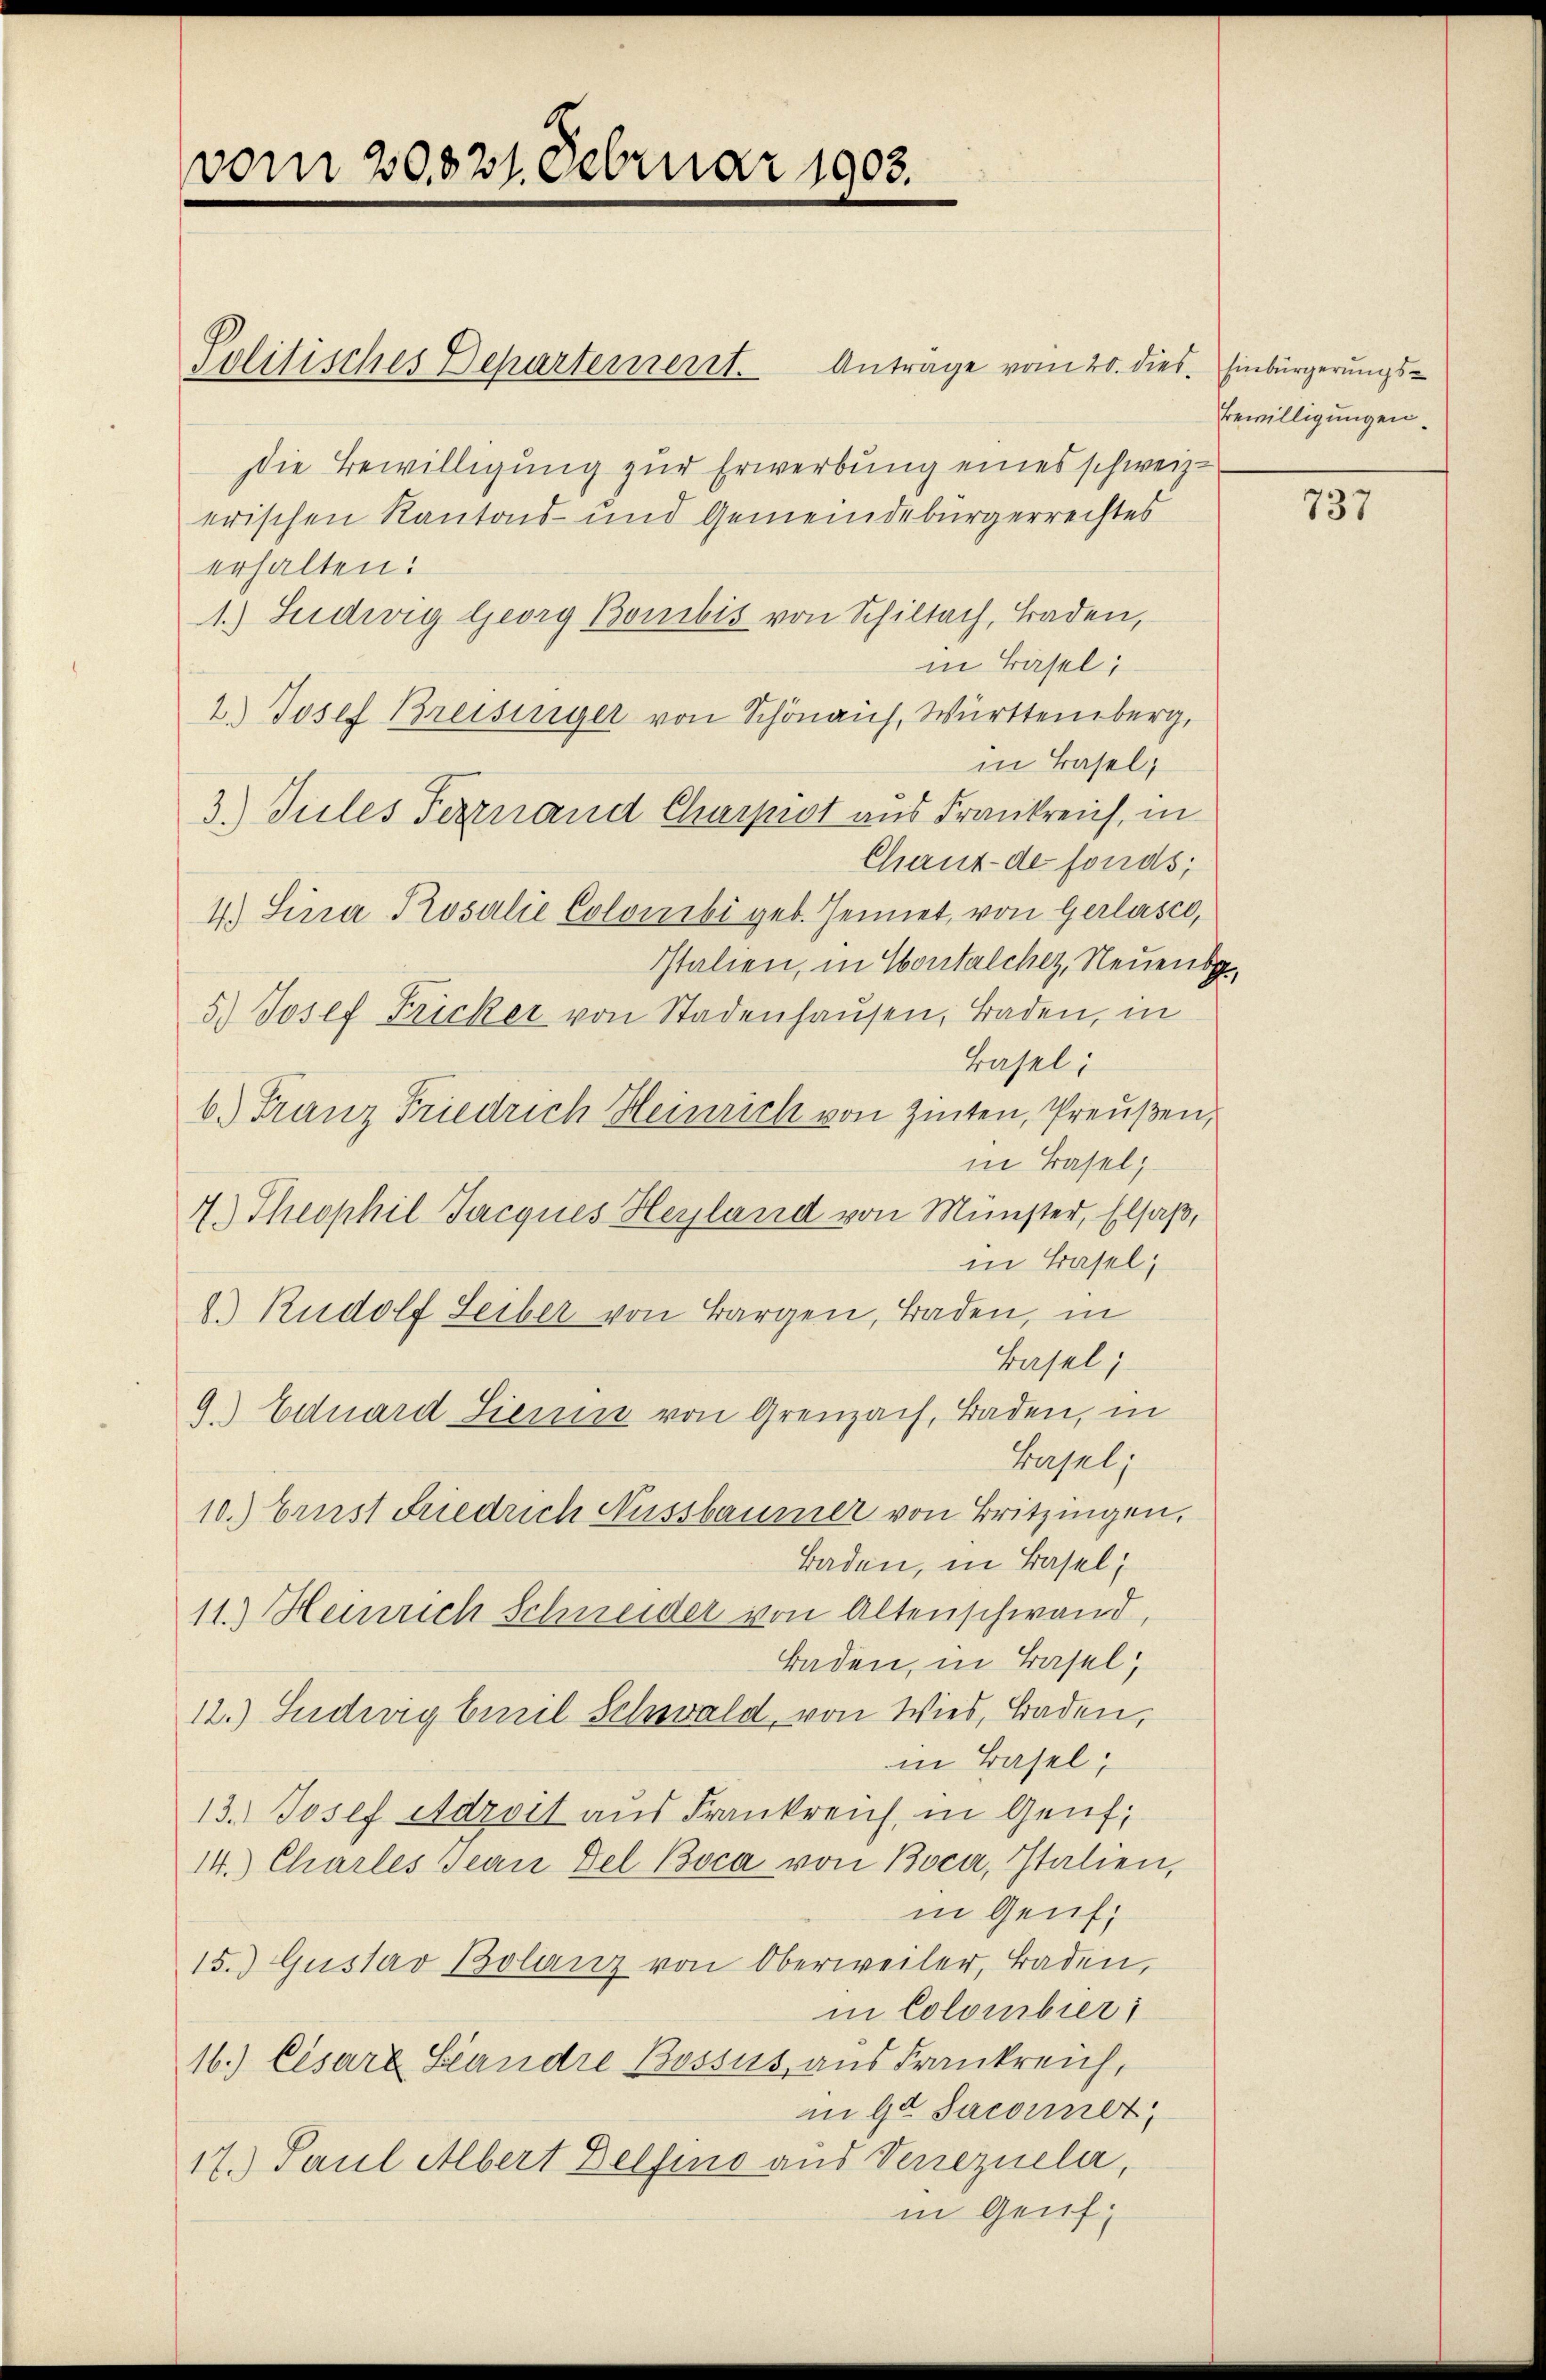
vom 20821. Februar 1903.

Politisches Departement. Anträge vom 20. dies. Einbürgerungs¬
Die Bewilligung zur Erwerbung eines schweiz.
erischen Kantons- und Gemeindebürgerrechtes
erhalten:
1.) Ludwig Georg Bonibis von Schiltach, Baden,
in Basel;
2.) Josef Breisinger von Schönauf, Württemberg,
in Basel,
3.) Tules Ferznand Charpist aus Frankreich, in
Chaux-de fonds;
4.) Sina Rosalie Colonibi geb. Hennet, von Gerlasco,
Italien, in Contalcher, Neuens¬
5.) Josef Fricker von Stadenhaŭsen, Baden, in
Basel:
b.) Franz Friedrich Heinrich von Zinten, Preußen,
in Basel;
4.) Theophil Jacques Heyland von Münster, Elsaß,
in Basel,
2.) Rudolf Leiber von Bargen, Baden, in
Basel;
9. Eduard Lienen von Greuzach, Baden, in
Kapel,
10.) Erust Friedrich Aussbaumer von Britzingen,
Baden, in Basel;
11.) Heinrich Schneider von Altenschwand,
Baden, in Basel,
12.) Sudwig beil Schwald, von Wies, Baden,
in Basel;
13.) Josef Adzvil aus Frankreich, in Genf;
14.) Charles Jean Del Boca von Boca, Italien,
in Genf,
15.) Gustav Bolanz von Oberweiler, Baden,
in Colombier
16.) Cisare Standre Bossus, aus Frankreich,
in 90 Saconnert
17.) Paul Albert Delfino aus Verrezueler,
in Genf

Bewilligungen.

737